Leaving Certificate, 1888
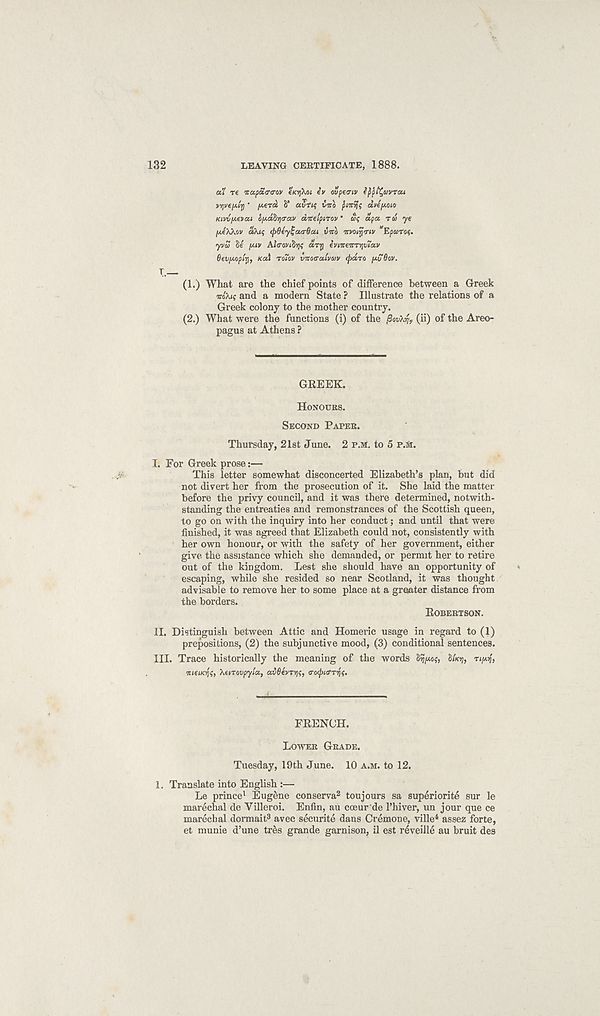
132
LEAVING CERTIFICATE, 1888.
ul re itapaira-ov e/cvjXoi iv ovpeiriv tppi^avrai
v/pepi-Q • fAera S’ avtte- ino pmrjs dvefMiio
KivufAe)ia,i b[Aobri<Tav ditetpiTOv ' uf apa ru ye
(AeKKov aku; (f>6ey£a.a-6a,i uico ttvoiyoiv “Eparo?.
yvu Se [AIV AiVoviSvj? d,T7j evnceitrvivlta.v
Oev/Aoptri, Kal TO7OV vicoa-aivuv rpaTa /AVBOV.
T_
(1.) What are the chief points of difference between a Greek
mXu; and a modern State ? Illustrate the relations of a
Greek colony to the mother country.
(2.) What were the functions (i) of the povXy, (ii) of the Areo-
pagus at Athens ?
GREEK.
HONOURS.
SECOND PAPER.
Thursday, 21st June. 2 P.M. to 5 P.M.
I. For Greek prose:—
This letter somewhat disconcerted Elizabeth’s plan, but did
not divert her from the prosecution of it. She laid the matter
before the privy council, and it was there determined, notwith-
standing the entreaties and remonstrances of the Scottish queen,
to go on with the inquiry into her conduct; and until that were
finished, it was agreed that Elizabeth could not, consistently with
her own honour, or with the safety of her government, either
give the assistance which she demanded, or permit her to retire
out of the kingdom. Lest she should have an opportunity of
escaping, while she resided so near Scotland, it was thought
advisable to remove her to some place at a greater distance from
the borders.
ROBERTSON.
II. Distinguish between Attic and Homeric usage in regard to (1)
prepositions, (2) the subjunctive mood, (3) conditional sentences.
III. Trace historically the meaning of the words SIJ/AOJ, &wo?, TI/WJ,
wiewoj?, Xenovpyla, avOerivif, a-otpiOT^.
FRENCH.
LOWER GRADE.
Tuesday, 19th June. 10 A.M. to 12.
1. Translate into English :—
Le prince 1 Eugene conserva 2 toujours sa superiorite sur le
marechal de Villeroi. Enfin, au cceur de 1’hiver, un jour que ce
marechal dormait 3 avec securite dans Cremone, ville 4 assez forte,
et munie d’une trls grande garnison, il est reveille au bruit des